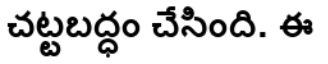
చట్టబద్ధం చేసింది. ఈ